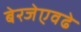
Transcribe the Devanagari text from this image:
बेरजेएवढे